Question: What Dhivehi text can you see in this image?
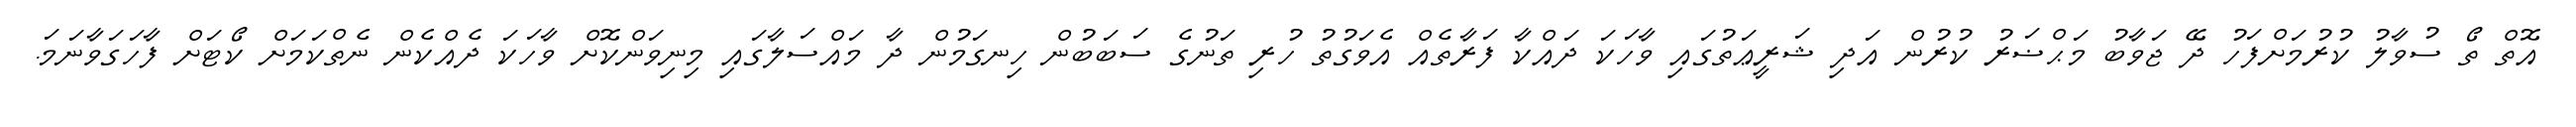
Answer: އޮތް ތޯ ސުވާލު ކުރުމަށްފަހު ދޭ ޖަވާބު މަޙްޟަރު ކުރުން އަދި ޝަރީޢަތުގައި ވާހަކަ ދައްކާ ފަރާތެއް އެވަގުތު ހުރި ތަނުގެ ސަބަބުން ހިނގަމުން ދާ މައްސަލާގައި މިނިވަންކޮށް ވާހަކަ ދެއްކެން ނެތްކަމަށް ކޯޓަށް ފާހަގަވާނަމަ.